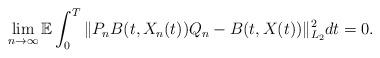
LaTeX: \begin{align*}\lim_{n\rightarrow\infty}\mathbb{E}\int_0^{T} \Vert P_n B(t,X_n(t))Q_n - B(t, X(t)) \Vert_{L_2}^2 dt = 0 .\end{align*}